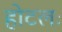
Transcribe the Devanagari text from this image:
होटलः